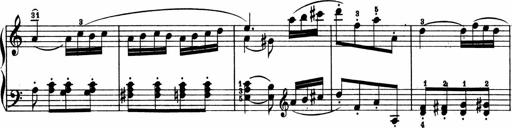
Title: 2 Sonatinen
Composer: Lambertus Adrianus van Tetterode